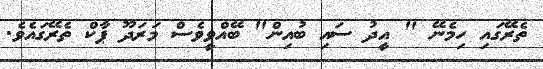
ތެރޭގައި ހިމެނޭ " އީދު ސައި ބުއިން" ބޭއްވީވެސް މަރަދޫ ޕާކް ތެރޭގައެވެ.